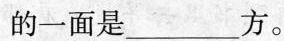
的一面是___方。